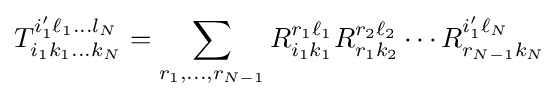
T_{i_{1}k_{1}\dots k_{N}}^{i'_{1}\ell _{1}\dots l_{N}}=\sum _{r_{1},\dots ,r_{N-1}}R_{i_{1}k_{1}}^{r_{1}\ell _{1}}R_{r_{1}k_{2}}^{r_{2}\ell _{2}}\cdots R_{r_{N-1}k_{N}}^{i'_{1}\ell _{N}}